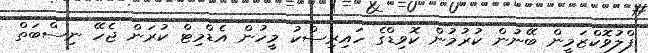
ފްލުވޮކްޒަމީން ބޭނުން ކުރުމުން ކޮވިޑްގެ ހައިރިސްކު މީހުން އެޑްމިޓް ކުރަން ޖެހޭ ނިސްބަތް